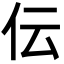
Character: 伝